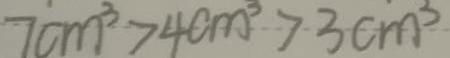
7 c m ^ { 3 } > 4 c m ^ { 3 } > 3 c m ^ { 3 }